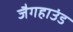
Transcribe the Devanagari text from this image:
जैगहाउंड